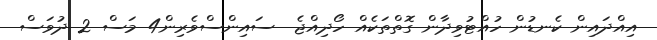
އިއްދައިން ކެނޑުން ހުއްޓުވިދާން ގޮތްތަކެއް ހޯދިއްޖެ  ސައިންސްވެރިން4 މަސް 2 ދުވަސް